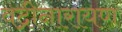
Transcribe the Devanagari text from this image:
वद्रीनारायण